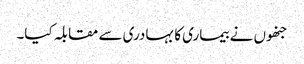
جنھوں نے بیماری کا بہادری سے مقابلہ کیا۔